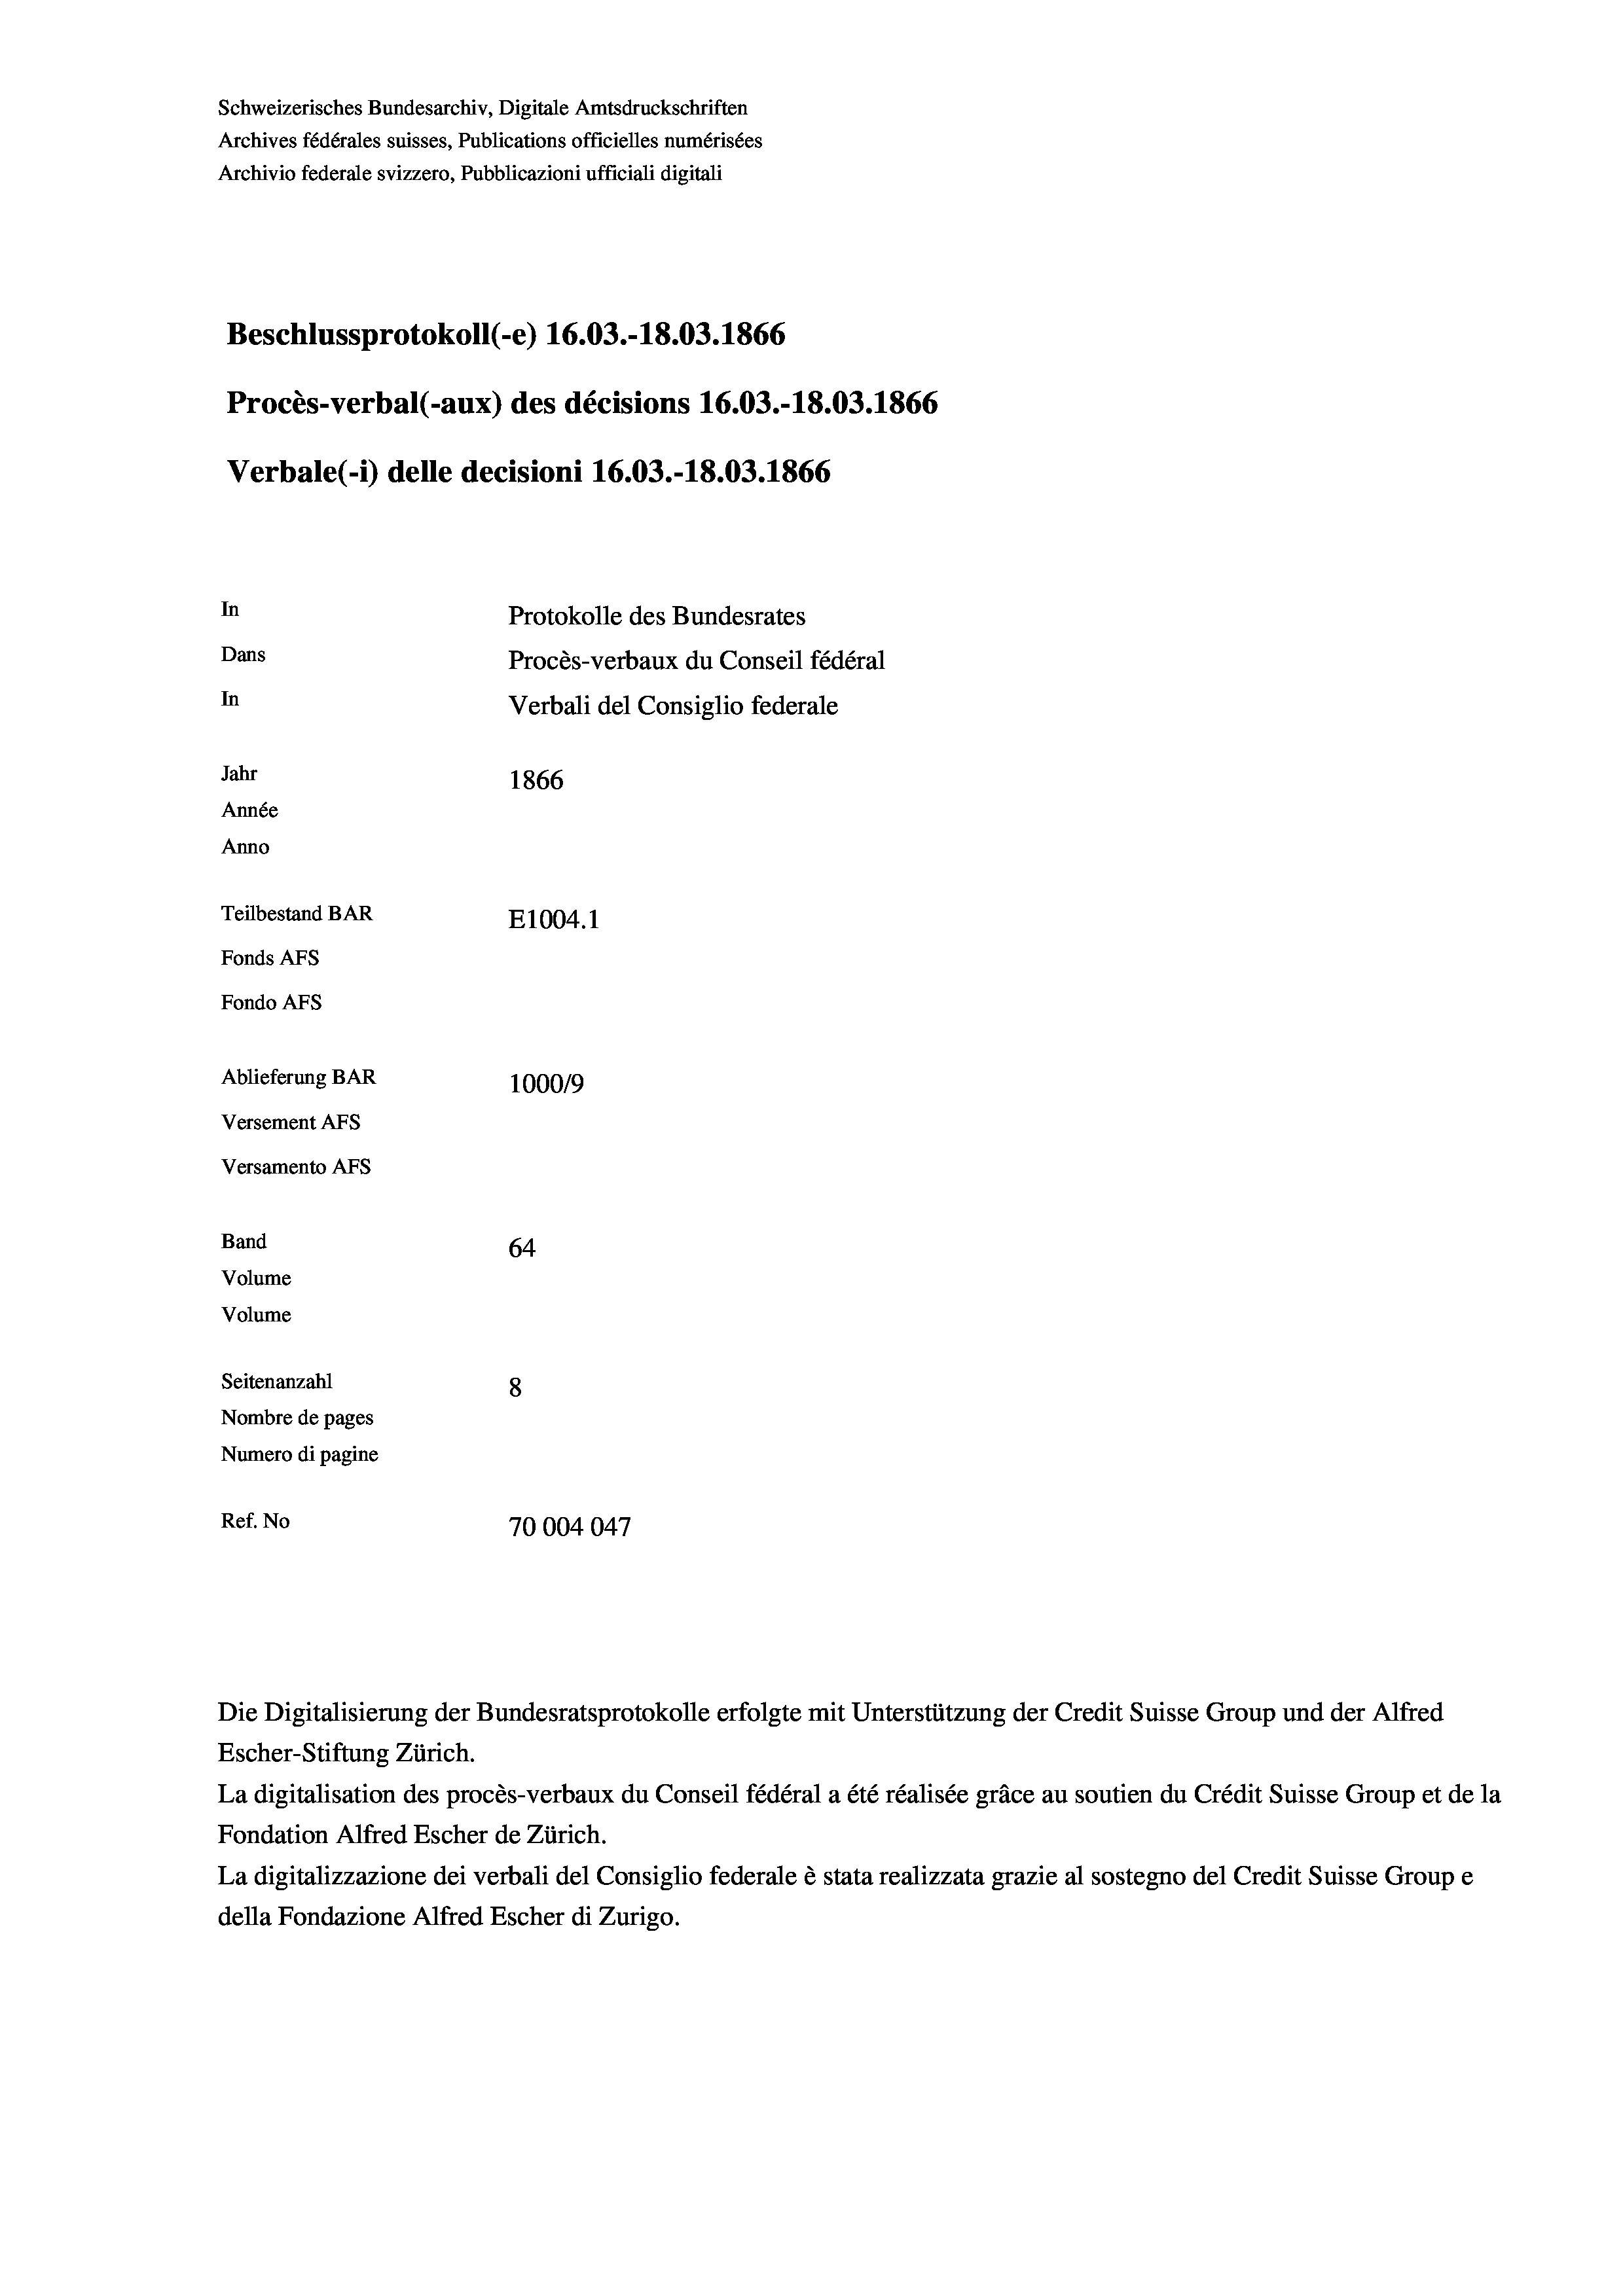
Schweizerisches Bundesarchiv, Digitale Amtsdruckschriften
Archives fédérales suisses, Publications officielles numérisées
Archivio federale svizzero, Pubblicazioni ufficiali digitali
Beschlussprotokoll (-e) 16.03.-18.03. 1866
Procès-verbal (-aux) des décisions 16.03.-18.03. 1866
Verbale(-*) delle decisioni 16.03.-18.03. 1866
In
Protokolle des Bundesrates
Dans
Procès-verbaux du Conseil fédéral
In
Verbali del Consiglio federale
Jahr
1866
Année
Anno
Teilbestand BAR
E1004.1
Fonds AFs
Fondo Afs
Ablieferung BAR
100019
Versement AFs
Versamento Afs
Band
64
Volume
Volume

Seitenanzahl
8
Nombre de pages
Numero di pagine
Ref. No
70004047

Escher-Stiftung Zürich.
La digitalisation des procès-verbaux du Conseil fédéral a été réalisée gräce au soutien du Crédit Suisse Group et de la
Fondation Alfred Escher de Zürich.
La digitalizzazione dei verbali del Consiglio federale è stata realizzata grazie al sostegno del Credit Suisse Groupe
della Fondazione Alfred Escher di Zurigo.

Die Digitalisierung der Bundesratsprotokolle erfolgte mit Unterstützung der Credit Suisse Group und der Alfred